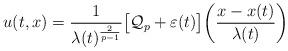
LaTeX: \begin{align*}u(t,x)=\frac{1}{\lambda(t)^{\frac{2}{p-1}}}\big{[}\mathcal{Q}_p+\varepsilon(t)\big{]}\bigg{(}\frac{x-x(t)}{\lambda(t)}\bigg{)}\end{align*}